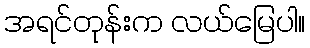
အရင်တုန်းက လယ်မြေပါ။